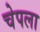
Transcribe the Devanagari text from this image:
चेपला